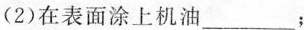
(2)在表面涂上机油___；